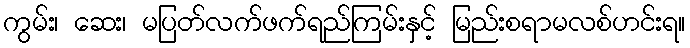
ကွမ်း၊ ဆေး၊ မပြတ်လက်ဖက်ရည်ကြမ်းနှင့် မြည်းစရာမလစ်ဟင်းရ။